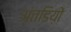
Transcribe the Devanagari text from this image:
अंतडिय़ों